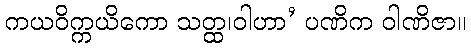
ကယဝိက္ကယိကော သတ္ထ၊ဝါဟာ’ ပဏိက ဝါဏိဇာ။